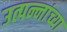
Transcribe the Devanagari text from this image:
उत्पन्नांच्या